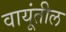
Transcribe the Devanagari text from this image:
वायूंतील